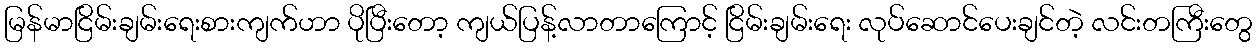
မြန်မာငြိမ်းချမ်းရေးစားကျက်ဟာ ပိုပြီးတော့ ကျယ်ပြန့်လာတာကြောင့် ငြိမ်းချမ်းရေး လုပ်ဆောင်ပေးချင်တဲ့ လင်းတကြီးတွေ